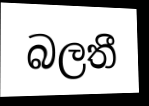
බලතී